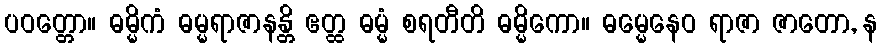
ပဝတ္တော။ ဓမ္မိကံ ဓမ္မရာဇာနန္တိ ဧတ္ထ ဓမ္မံ စရတီတိ ဓမ္မိကော။ ဓမ္မေနေဝ ရာဇာ ဇာတော, န